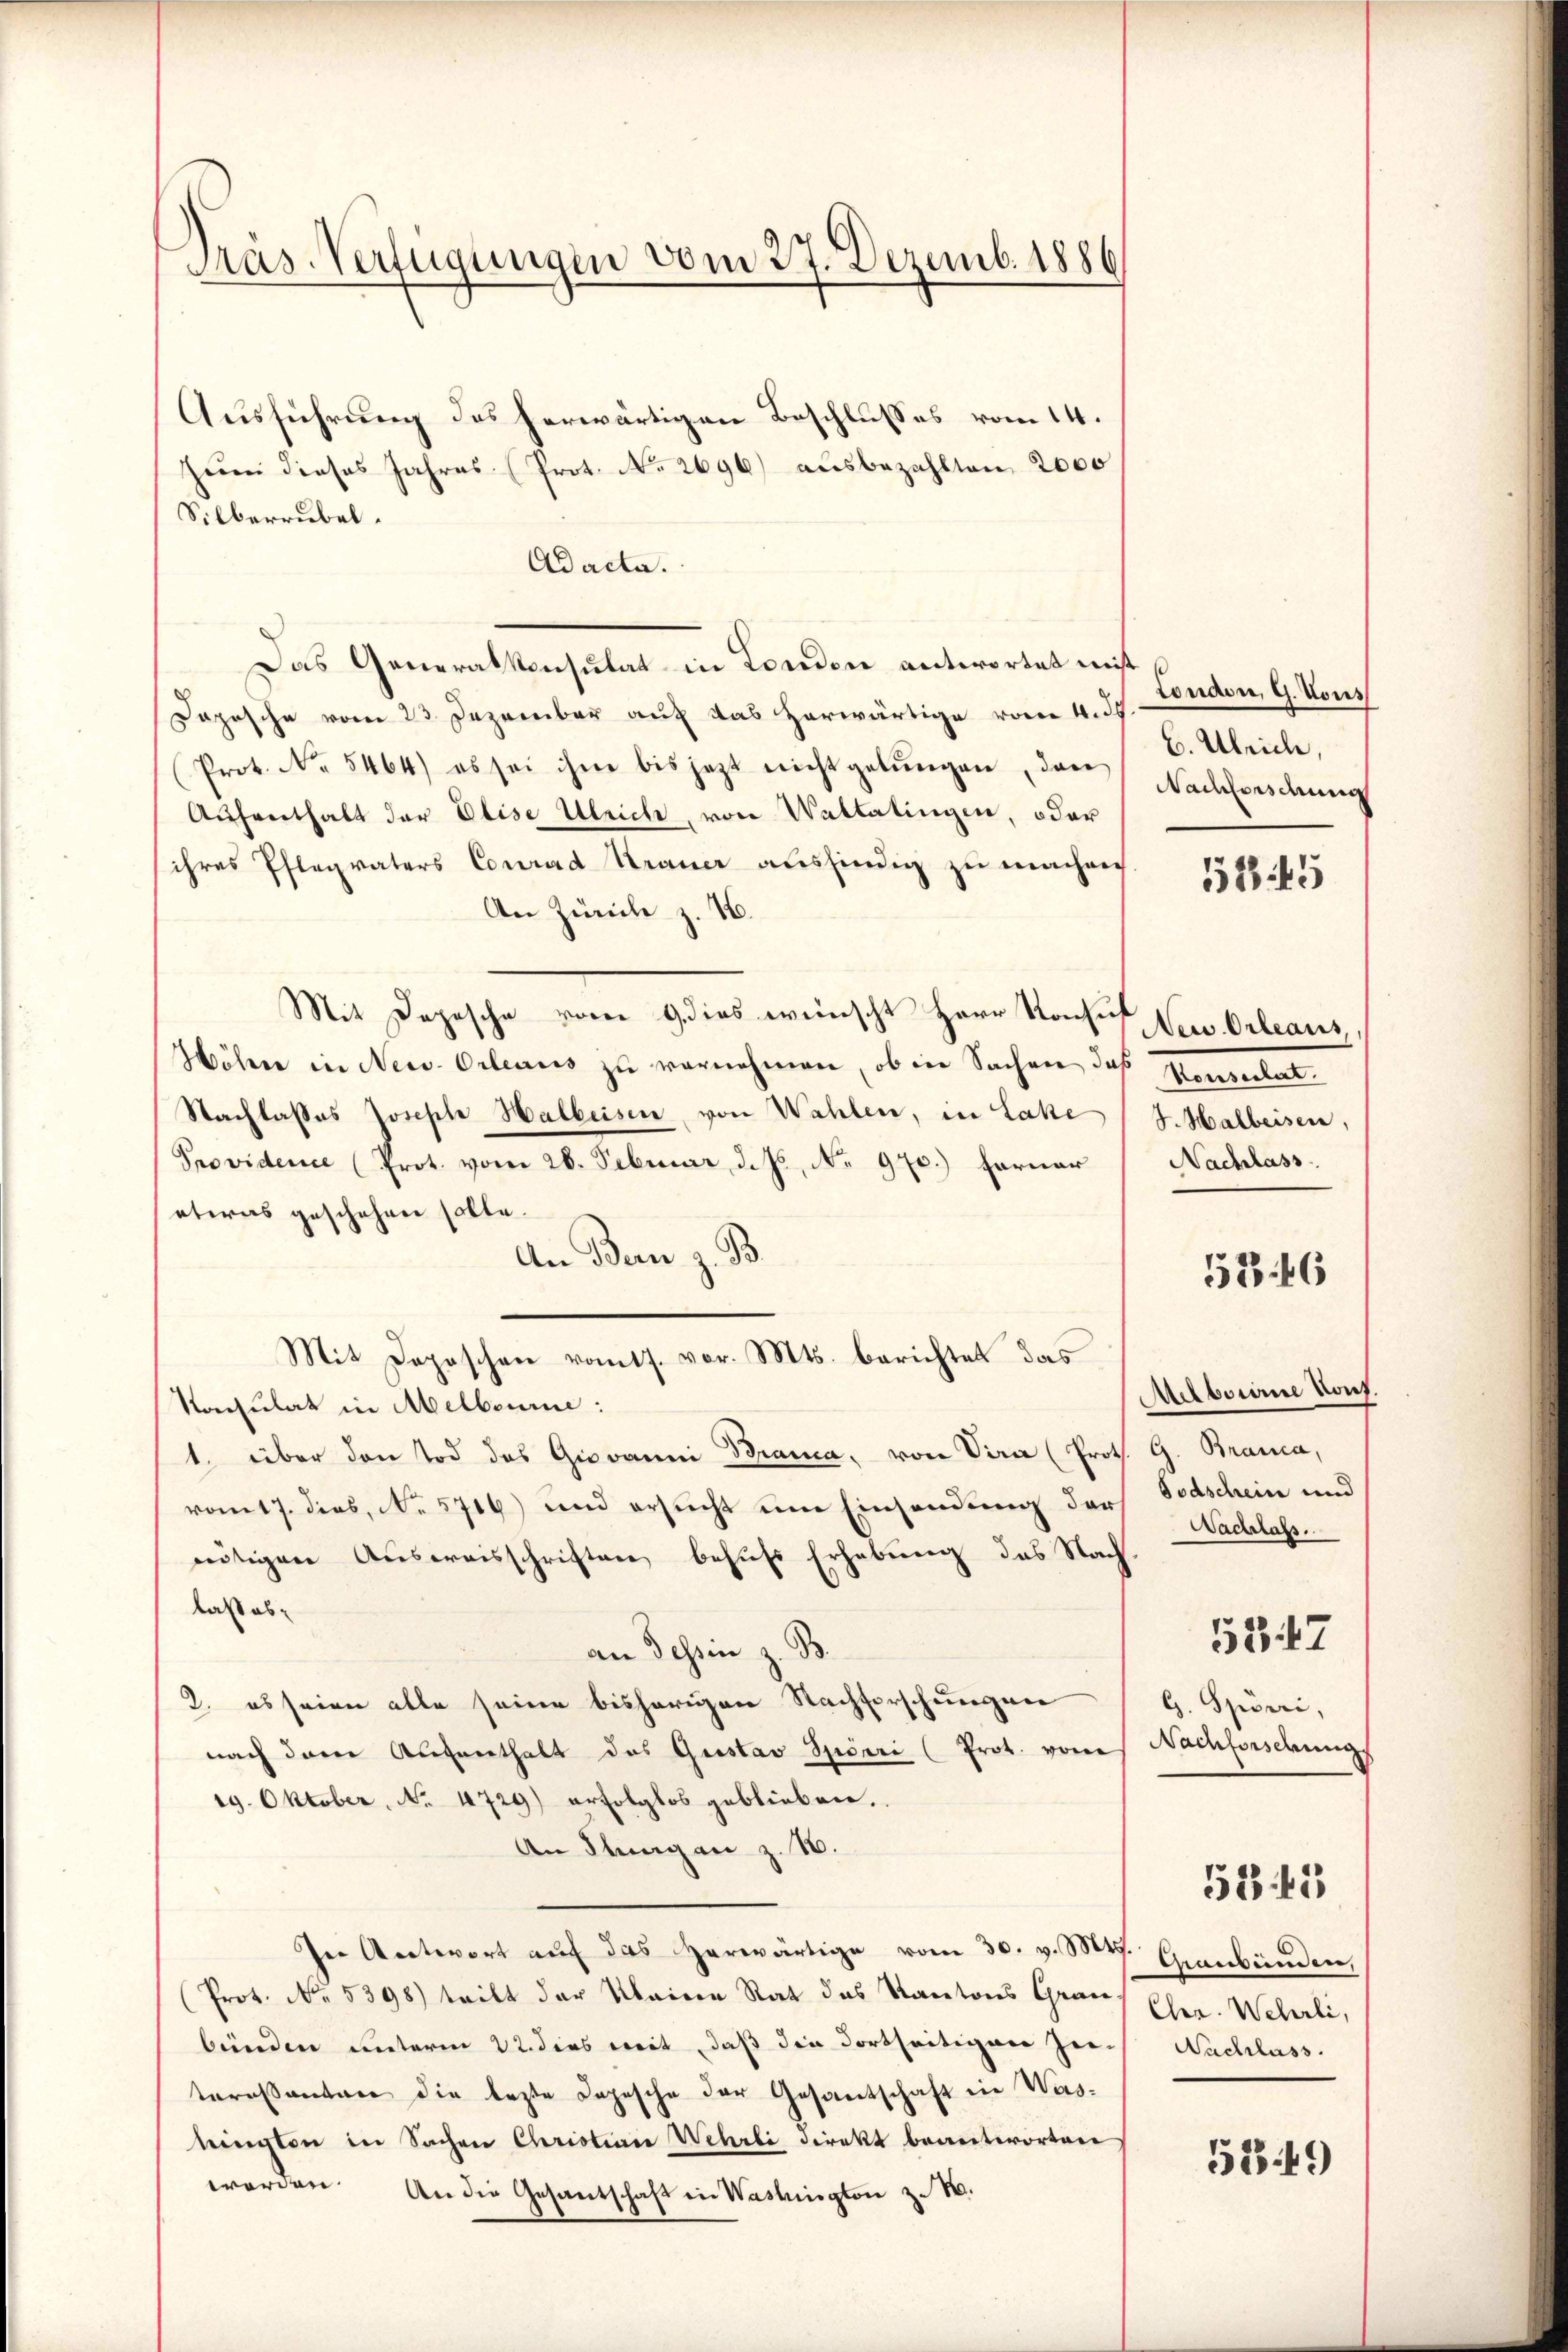
Präs. Verfügungen vom 27. Dezemb. 1886

Ausführung des herwärtigen Beschlusses vom 14.
Heer dieses Jahres (Prot. No. 2696) ausbezahlten, 2000
Silberrubel.
Adacta.
Das Generalkonsulat in London antwortet nicht
Dopische vom 23. Dezember auf das herwärtige vom 4. d.
Prot. No. 5464) es sei ihme bis jezt nicht gebŭngen, das
Aufenthalt der Elise Ulrich, von Waltalingen, oder
ihres Pflegraters Conrad Strauer ausfindig zu machen
An Zürich z. 16.
Mit Depesche vom 9 dies wünscht Herr Rose Nerv. Orleans,
Höhner in New-Orleaus zu vornehmen, ob in Sachen das Steusulat
Nachlasses Joseph Halbeisen von Wahlen, in Late
Providence (Prot. vom 26. Februar d. Js. No. 970.) Ferner
etwas geschehen solle.
An Bern z. B.
Mit Deposchen romts. vor. Mts. berichtet das
Konsulat in Melboure:
1. über den Tod des Giovanni Branca, von Vira (Proth. G. Branca,
vom 17. dies, No. 5716) und ersucht um Einsendung der Todschein und
nnötigen Auseraisschriften behufs Erhebung des Nach
laß aban Tessin z. B.
2. es seien alle seine bisherigen Nachforschungen
nach derer Aufenthalt das Gustav Spörri (Prot. von Nachforschungs
19. Oktober, No. 4729) erfolglos geblieben.
An Stragen z. B.
In Antwort auf das herwärtige vom 30. v. Mts. Graubünden,
(Prot. No. 5398) tritt der Maiern Rat des Kantons Graus Eser. Wehrli,
bünden unterm 22. dies weit, daß die dortseitigen Jene Nachlass.
teressanter die lezte Depesche der Gesamtschaft in Waswingten in Sachen Christian Wehrli direkt beantworten
werden. An die Gesantschaft in Washington z. B.

tondon, G. Tous
6. Ulrich,
Nachforschung

5145

J. Halbeisen,
Nachlass.

53. 46

Melbourne Kong.
Nachlass.
5847
G. Spörri,

5243

5249